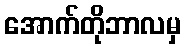
အောက်တိုဘာလမှ